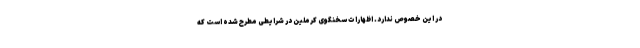
در این خصوص ندارد. اظهارات سخنگوی کرملین در شرایطی مطرح شده است که